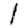
Digit: 1